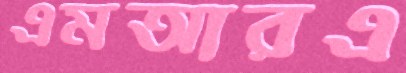
এমআরএ